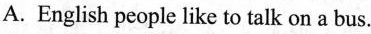
A. English people like to talk on a bus.